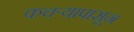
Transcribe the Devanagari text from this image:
कचर्‍यापासून